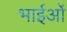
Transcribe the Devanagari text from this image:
भाईओं